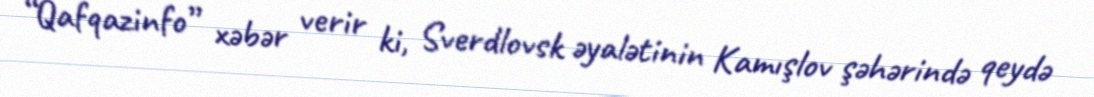
“Qafqazinfo” xəbər verir ki, Sverdlovsk əyalətinin Kamışlov şəhərində qeydə